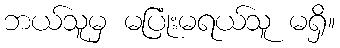
ဘယ်သူမှ မပြုံးမရယ်သူ မရှိ။